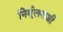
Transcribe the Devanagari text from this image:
निर्मूलनाशी